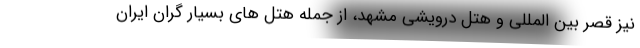
نیز قصر بین المللی و هتل درویشی مشهد، از جمله هتل های بسیار گران ایران